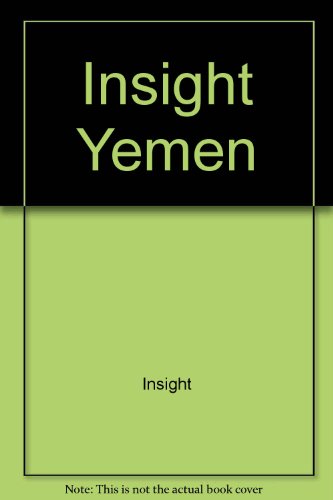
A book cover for Insight Yemen; Insight; Travel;